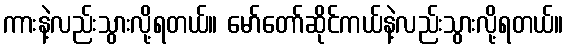
ကားနဲ့လည်းသွားလို့ရတယ်။ မော်တော်ဆိုင်ကယ်နဲ့လည်းသွားလို့ရတယ်။